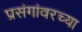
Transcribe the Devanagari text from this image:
प्रसंगांवरच्या